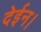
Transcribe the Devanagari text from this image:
देईन।